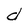
Character: d